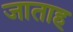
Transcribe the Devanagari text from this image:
जाताह